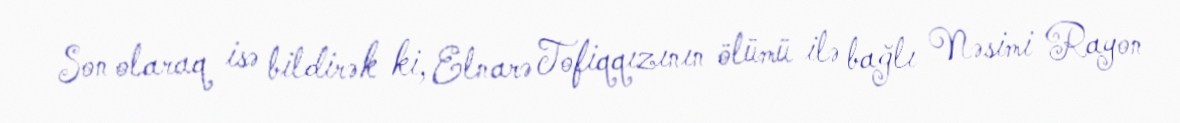
Son olaraq isə bildirək ki, Elnarə Tofiqqızının ölümü ilə bağlı Nəsimi Rayon